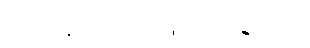
ယေဘူယျအားဖြင့်ပြောရလျှင်